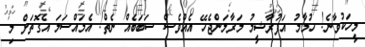
މީހަކުވާނެ! ހުމާމު އަފުރާޝީމު މަރާލަންޖެހޭ އެއްވެސް ސަބަބެއް ނެތް! އެމައްސަލަ އެގޮތަށް މި